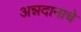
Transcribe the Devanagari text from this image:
अन्नदानाचे